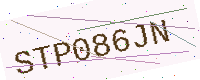
Text: STP086JN